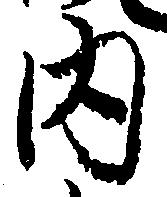
内